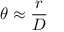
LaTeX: \theta \approx { \frac { r } { D } }